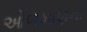
ઓળખાણની